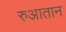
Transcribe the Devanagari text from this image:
रुआतान